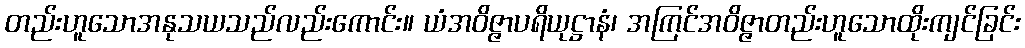
တည်းဟူသောအနုသယသည်လည်းကောင်း။ ယံအဝိဇ္ဇာပရိယုဋ္ဌာနံ၊ အကြင်အဝိဇ္ဇာတည်းဟူသောထိုးကျင်ခြင်း